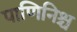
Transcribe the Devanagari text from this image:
पाणिनिश्च